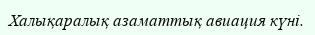
Халықаралық азаматтық авиация күні.